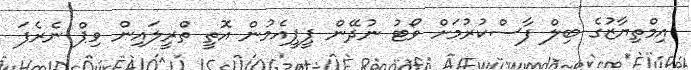
އިމްތިޔާޒުގެ ބިލް ފާސްކުރުމަށް ވޯޓު ނުދޭން ޕީޕީއެމުން އޮތީ ތްރީލައިން ވިޕް ނެރެފަ